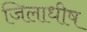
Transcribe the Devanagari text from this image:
जिलाधीष